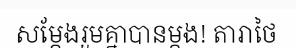
សម្តែងរួមគ្នាបានម្តង! តារាថៃ